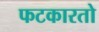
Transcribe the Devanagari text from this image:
फटकारतो